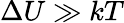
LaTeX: \Delta U\gg kT